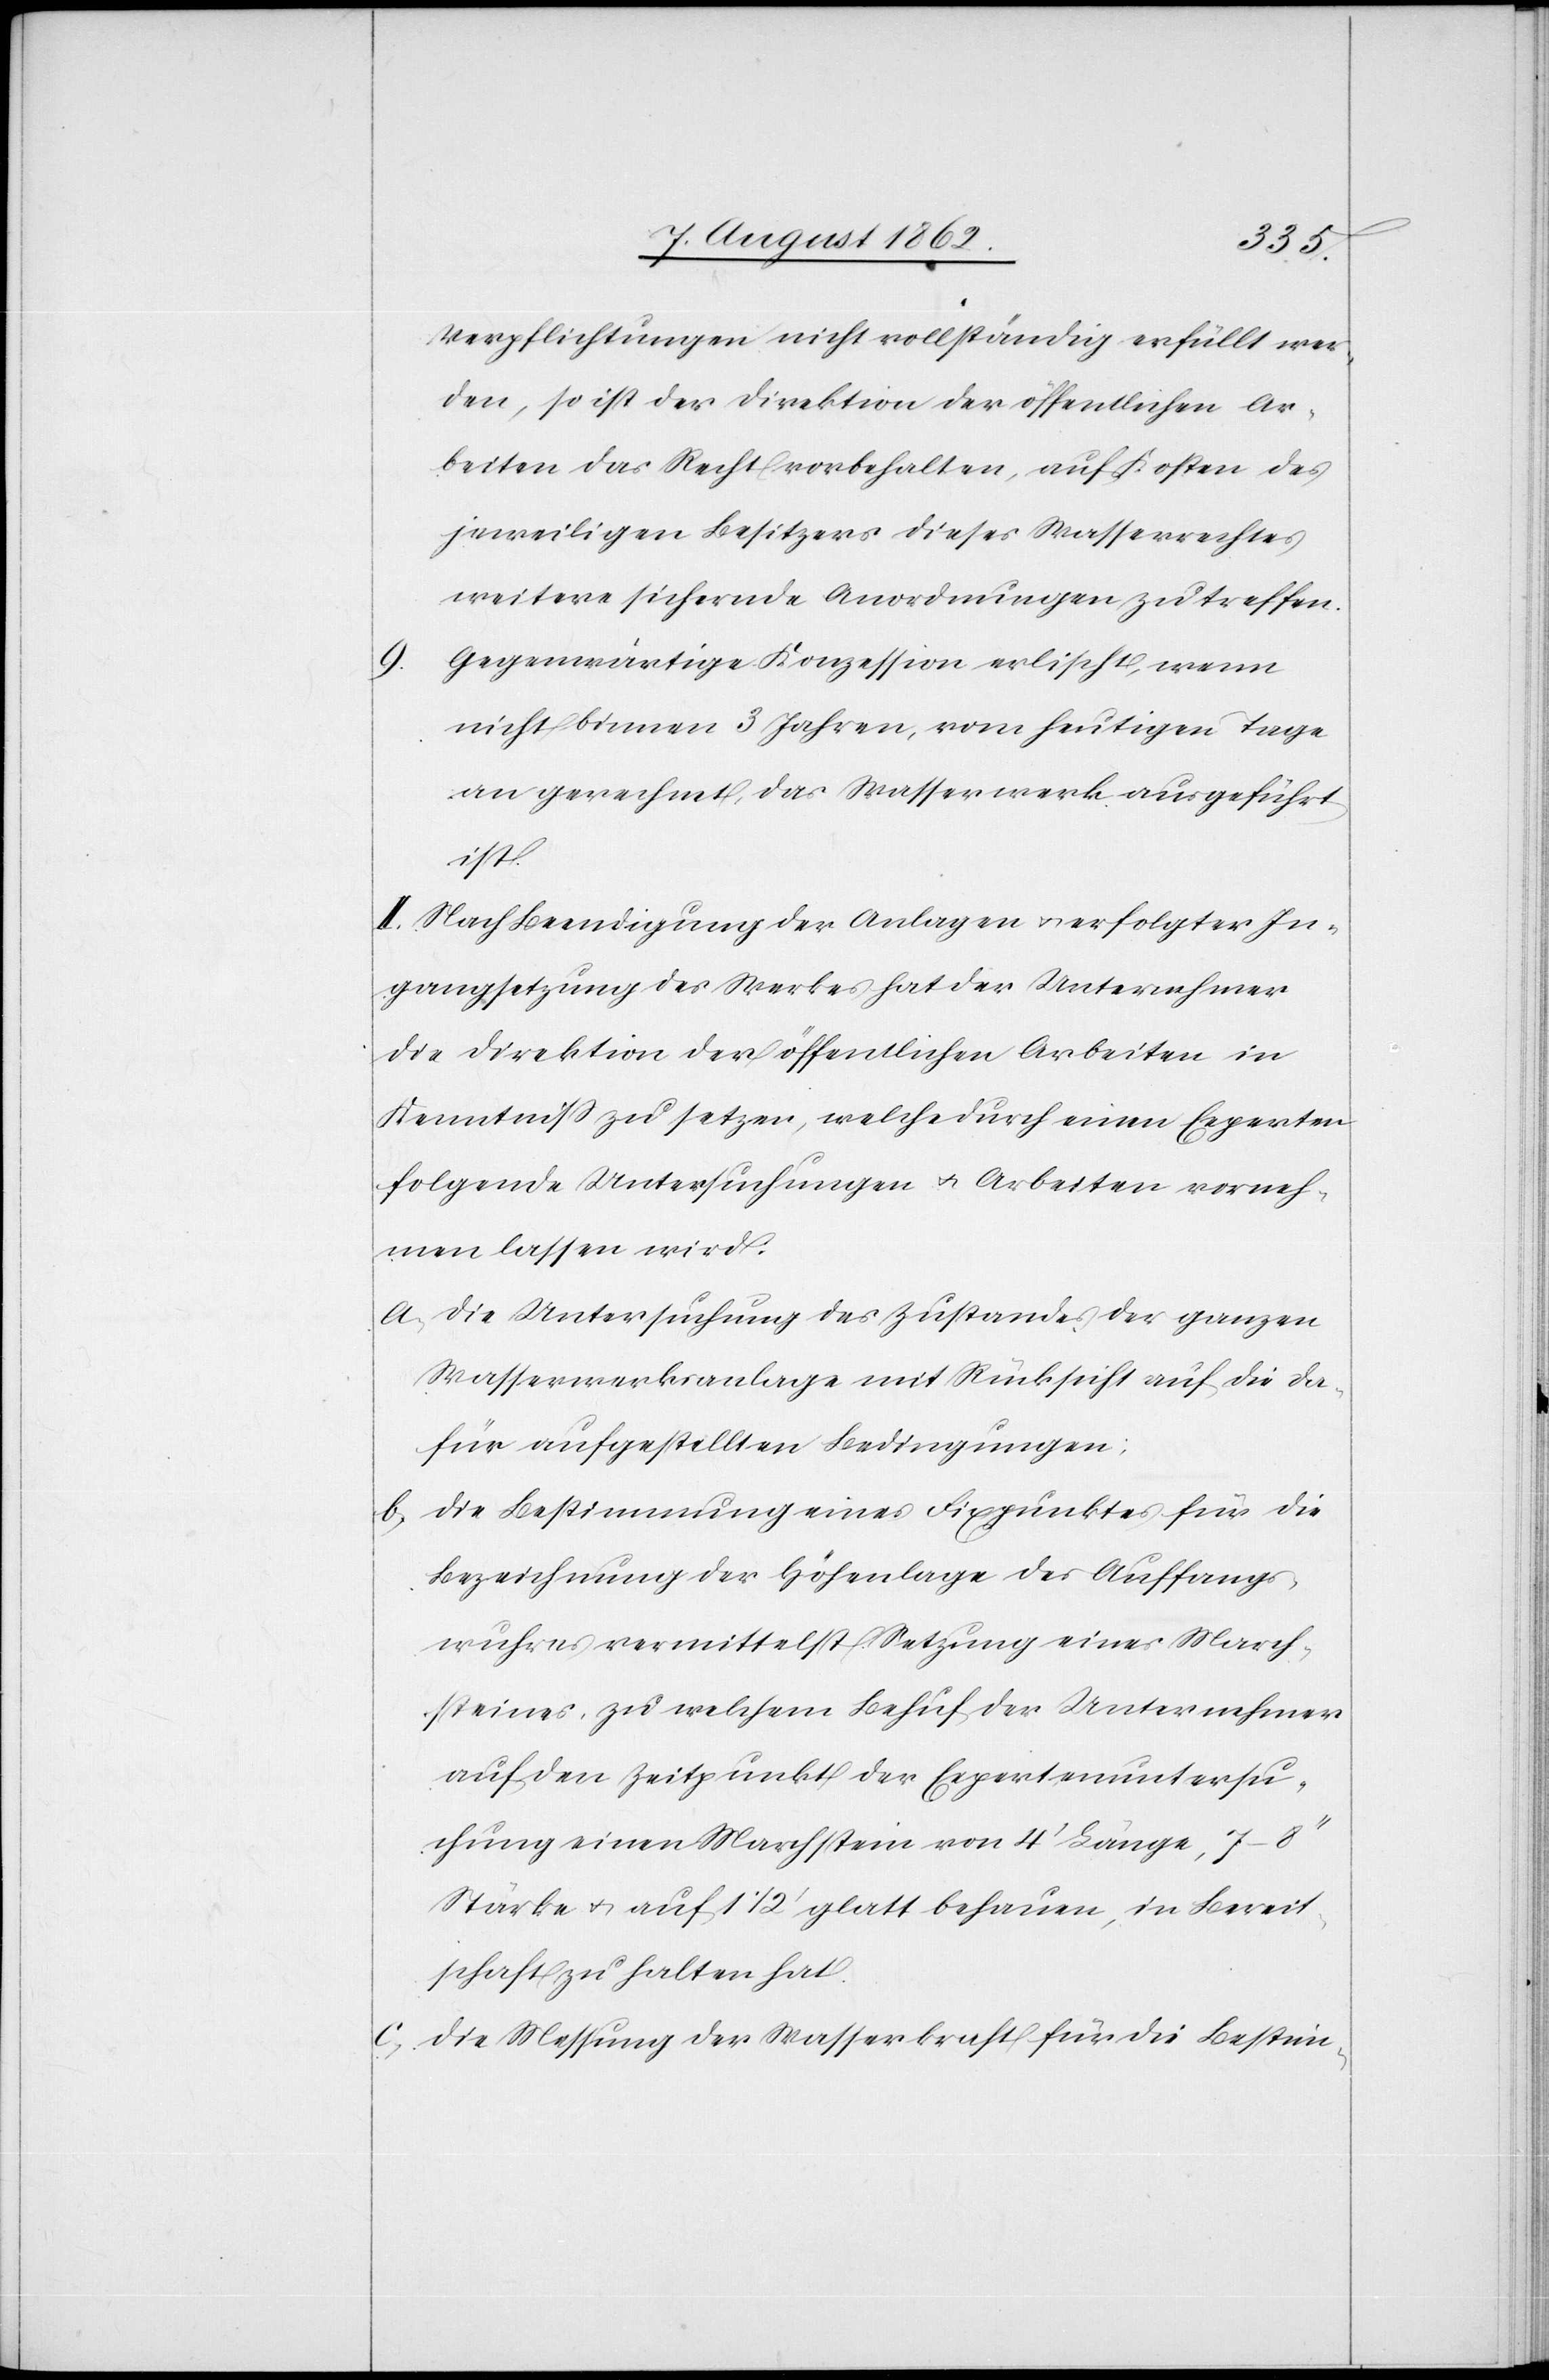
9.

Verpflichtungen nicht vollständig erfüllt wer¬
den, so ist der Direktion der öffentlichen Ar¬
beiten das Recht vorbehalten, auf Kosten des
jeweiligen Besitzers dieses Wasserrechtes
weitere sichernde Anordnungen zu treffen.
Gegenwärtige Konzession erlischt, wenn
nicht binnen 3 Jahren, vom heutigen Tage
an gerechnet, das Wasserwerk ausgeführt
ist.
II. Nach Beendigung der Anlagen u. erfolgter In¬
gangsetzung des Werkes hat der Unternehmer
die Direktion der öffentlichen Arbeiten in
Kenntniß zu setzen, welche durch einen Experten
folgende Untersuchungen u. Arbeiten vorneh¬
men lassen wird.
a) Die Untersuchung des Zustandes der ganzen
Wasserwerksanlage mit Rücksicht auf die da¬
für aufgestellten Bedingungen;
b) Die Bestimmung eines Fixpunktes für die
Bezeichnung der Höhenlage des Auffangs¬
wuhres vermittelst Setzung eines March¬
steines, zu welchem Behuf der Unternehmer
auf den Zeitpunkt der Expertenuntersu¬
chung einen Marchstein von 4’ Länge, 7–8’’
Stärke u. auf 1 1/2’ glatt behauen, die Bereit¬
schaft zu halten hat.
c) Die Messung der Wasserkraft für die Bestim-